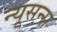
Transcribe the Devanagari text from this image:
न्यूसन्स